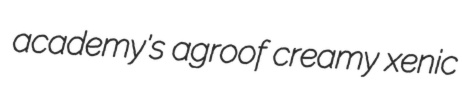
academy's agroof creamy xenic